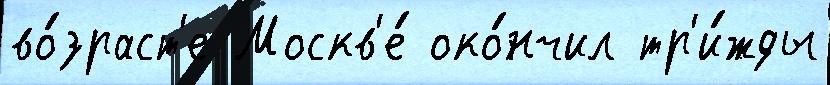
во́зраст'е Москв'е́ око́нчил тр'и́жды